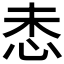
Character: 𫹻